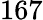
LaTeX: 167